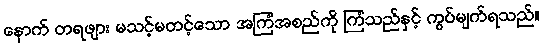
နောက် တရဖျား မသင့်မတင့်သော အကြံအစည်ကို ကြံသည်နှင့် ကွပ်မျက်ရသည်။